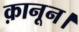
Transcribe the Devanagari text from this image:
क़ानून।